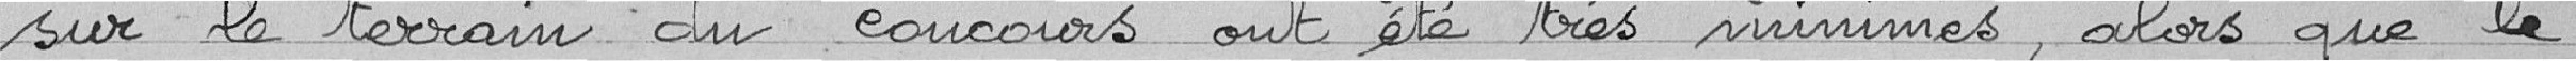
sur le terrain du concours ont été très minimes, alors que le